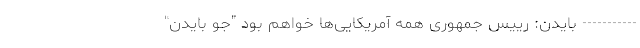
----------- بایدن: رییس جمهوری همه آمریکایی‌ها خواهم بود "جو بایدن"